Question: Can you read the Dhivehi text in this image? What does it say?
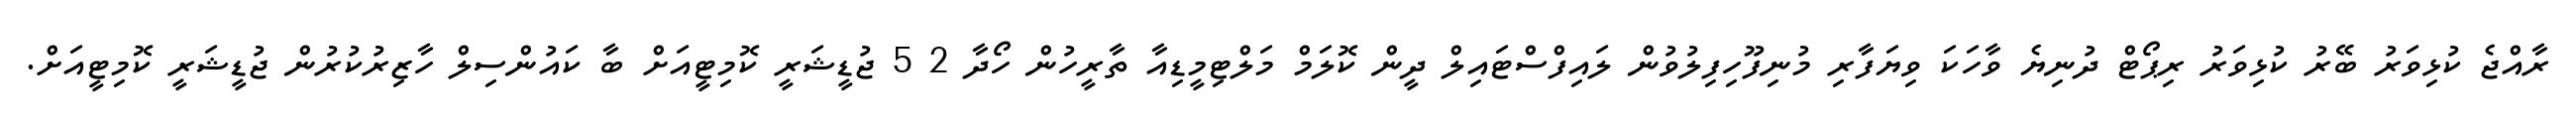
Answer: ރާއްޖެ ކުޅިވަރު ބޭރު ކުޅިވަރު ރިޕޯޓް ދުނިޔެ ވާހަކަ ވިޔަފާރި މުނިފޫހިފިލުވުން ލައިފްސްޓައިލް ދީން ކޮލަމް މަލްޓިމީޑިއާ ތާރީހުން ހޯދާ 2 5 ޖުޑީޝަރީ ކޮމިޓީއަށް ބާ ކައުންސިލް ހާޒިރުކުރުން ޖުޑީޝަރީ ކޮމިޓީއަށް.